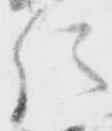
位